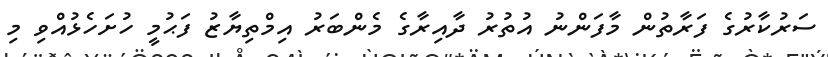
ސަރުކާރުގެ ފަރާތުން މާފަންނު އުތުރު ދާއިރާގެ މެންބަރު އިމްތިޔާޒު ފަޙުމީ ހުށަހެޅުއްވި މި